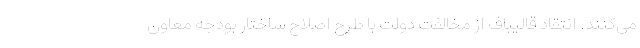
می‌کنند. انتقاد قالیباف از مخالفت دولت با طرح اصلاح ساختار بودجه معاون